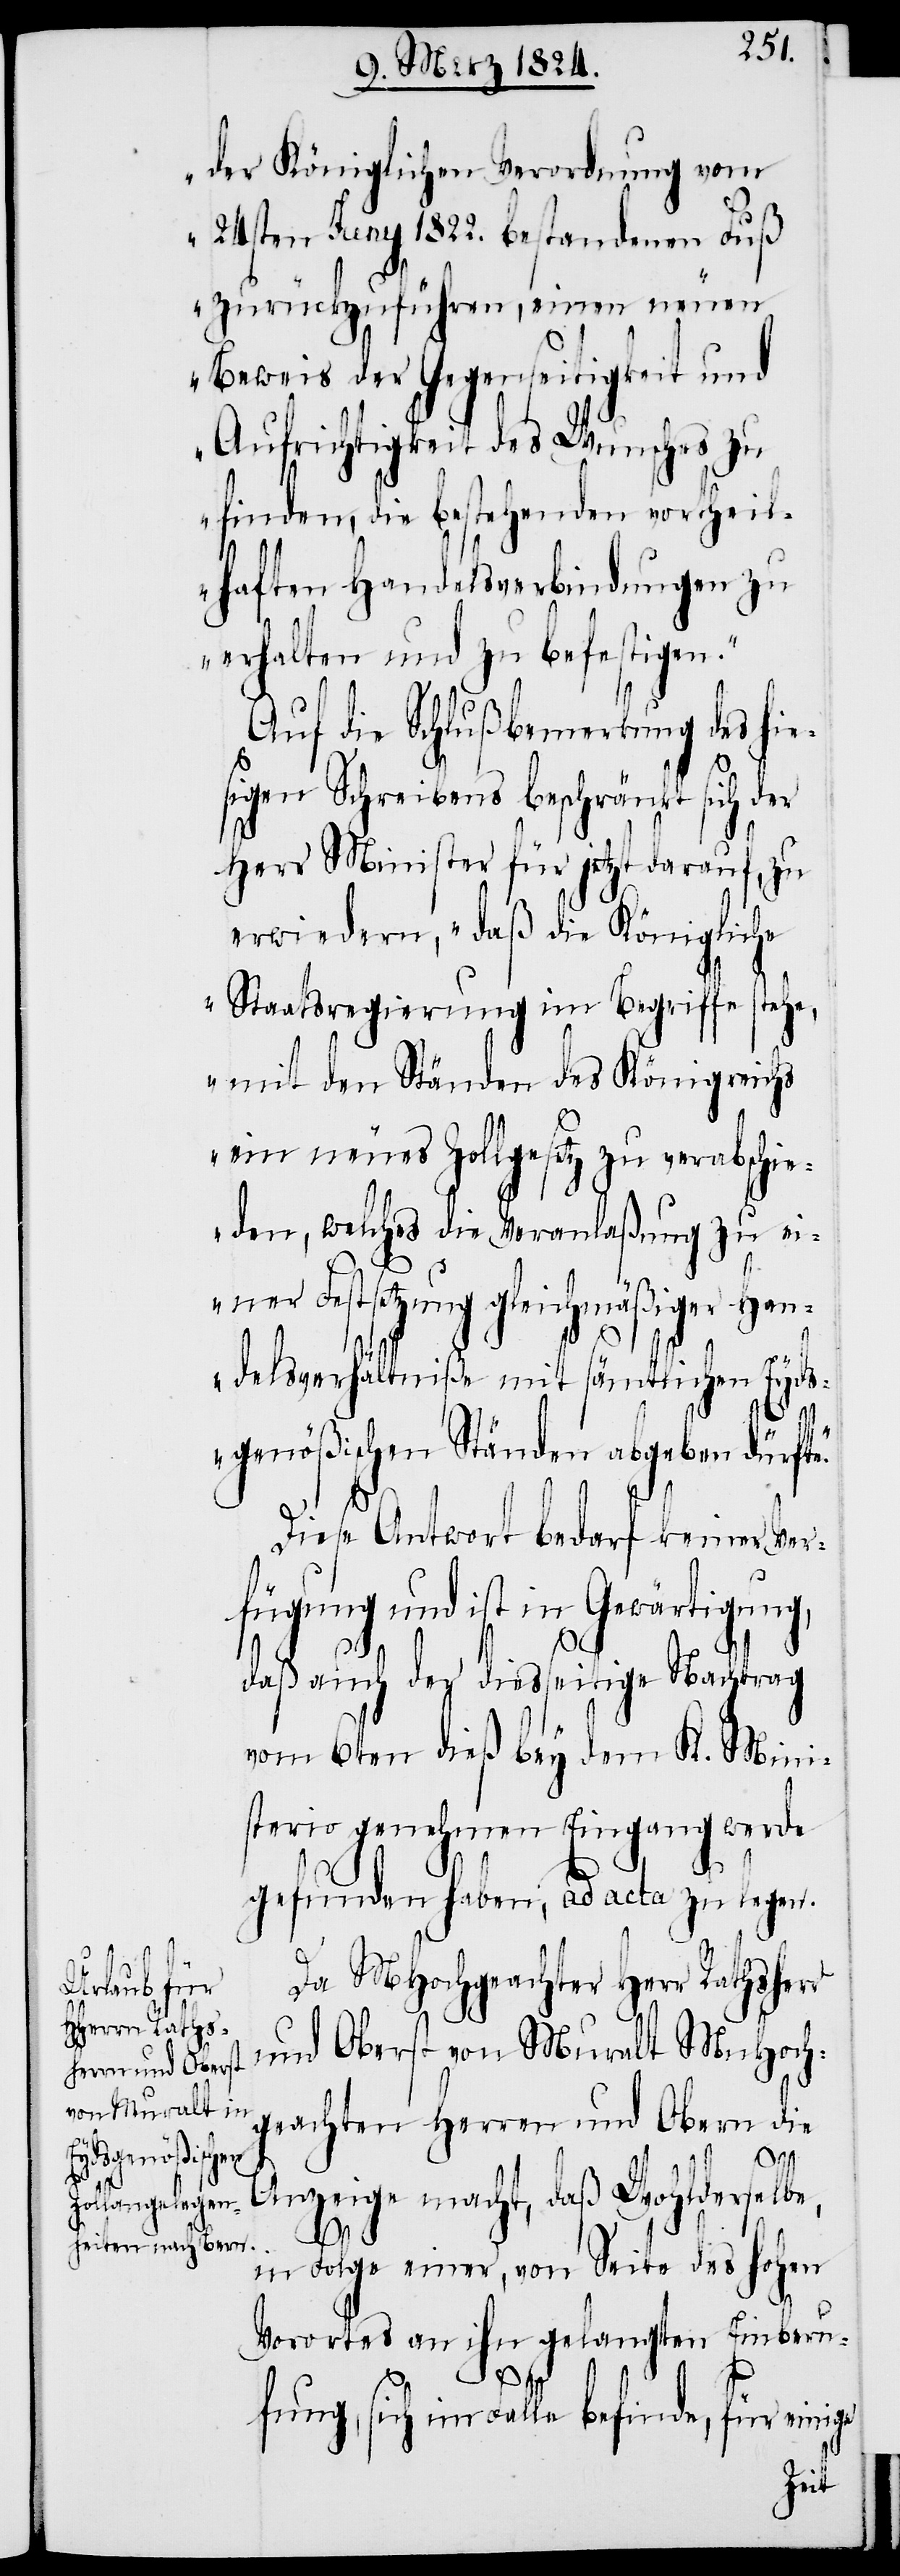
der Königlichen Verordnung vom
24sten Juny 1822. bestandenen Fuß
zurückzuführen, einen neuen
Beweis der Gegenseitigkeit und
Aufrichtigkeit des Wunsches zu
finden, die bestehenden vortheil¬
haften Handelsverbindungen zu
erhalten und zu befestigen.“
Auf die Schlußbemerkung des hie¬
sigen Schreibens beschränkt sich der
Herr Minister für jetzt darauf, zu
erwiedern, „daß die Königliche
Staatsregierung im Begriffe stehe,
mit den Ständen des Königreichs
ein neues Zollgesetz zu verabschie¬
den, welches die Veranlaßung zu ei¬
ner Festsetzung gleichmäßiger Han¬
delsverhältniße mit sämtlichen Eyds¬
genößischen Ständen abgeben dürft¬
e.“
Diese Antwort bedarf keiner Ver¬
fügung und ist in Gewärtigung,
daß auch der diesseitige Nachtrag
vom 6ten dieß bey dem K. Mini¬
sterio genehmen Eingang werde
gefunden haben, ad acta zu legen.
Da MHochgeachter Herr Rathsherr
und Oberst von Muralt MnHoch¬
geachten Herren und Obern die
Anzeige macht, daß Wohlderselbe,
in Folge einer, von Seite des hohen
Vorortes an ihn gelangten Einberu¬
fung,
sich im Falle befinde, für ein¬
ige